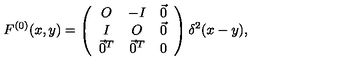
F ^ { ( 0 ) } ( x , y ) = \left( \begin{array} { c c c } { O } & { - I } & { \vec { 0 } } \\ { I } & { O } & { \vec { 0 } } \\ { \vec { 0 } ^ { T } } & { \vec { 0 } ^ { T } } & { 0 } \\ \end{array} \right) \delta ^ { 2 } ( x - y ) ,